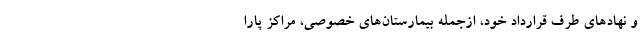
و نهادهای طرف قرارداد خود، ازجمله بیمارستان‌های خصوصی، مراکز پارا